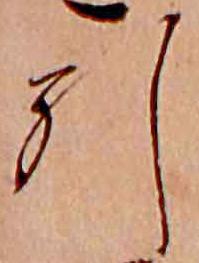
引